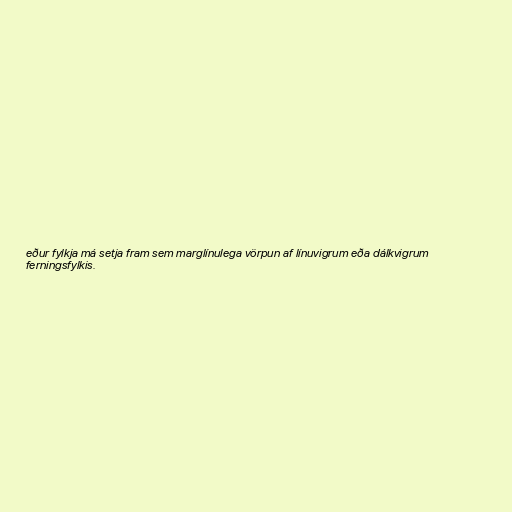
eður fylkja má setja fram sem marglínulega vörpun af línuvigrum eða dálkvigrum
ferningsfylkis.